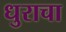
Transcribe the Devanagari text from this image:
धुराचा